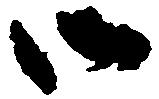
御